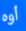
أوه